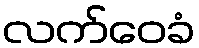
လက်ဝေခံ